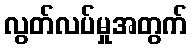
လွတ်လပ်မှုအတွက်